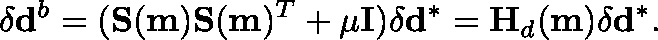
\mathbf { \delta } \mathbf { d } ^ { b } = ( \mathbf { S } ( \mathbf { m } ) \mathbf { S } ( \mathbf { m } ) ^ { T } + \mu \mathbf { I } ) \delta \mathbf { d } ^ { * } = \mathbf { H } _ { d } ( \mathbf { m } ) \delta \mathbf { d } ^ { * } .